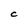
Character: C